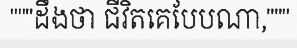
"""ដឹងថា ជីវិតគេបែបណា,"""